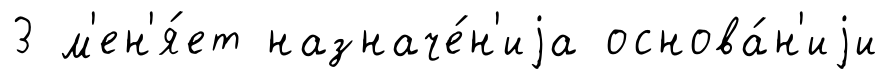
3 м'ен'я́ет назначе́н'иjа основа́н'иjи